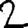
Digit: 2